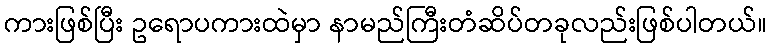
ကားဖြစ်ပြီး ဥရောပကားထဲမှာ နာမည်ကြီးတံဆိပ်တခုလည်းဖြစ်ပါတယ်။